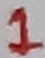
Text: 1